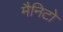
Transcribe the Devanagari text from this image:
मैनिटो